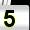
Digit: 5